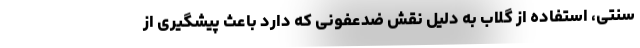
سنتی، استفاده از گلاب به دلیل نقش ضدعفونی که دارد باعث پیشگیری از